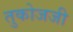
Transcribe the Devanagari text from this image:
तुकोजजी